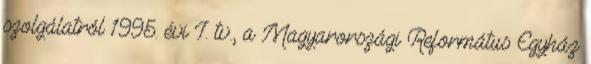
szolgálatról 1995. évi I. tv., a Magyarországi Református Egyház